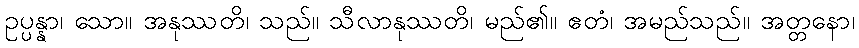
ဥပ္ပန္နာ၊ သော။ အနုဿတိ၊ သည်။ သီလာနုဿတိ၊ မည်၏။ ဧတံ၊ အမည်သည်။ အတ္တနော၊